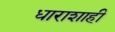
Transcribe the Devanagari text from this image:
धाराशाही